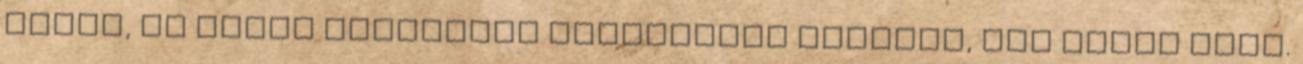
lenne, de simán járkálhat mindenféle poronty, aki tőlem lett.